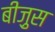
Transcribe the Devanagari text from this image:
बीज़ुस